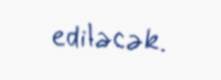
ediləcək.